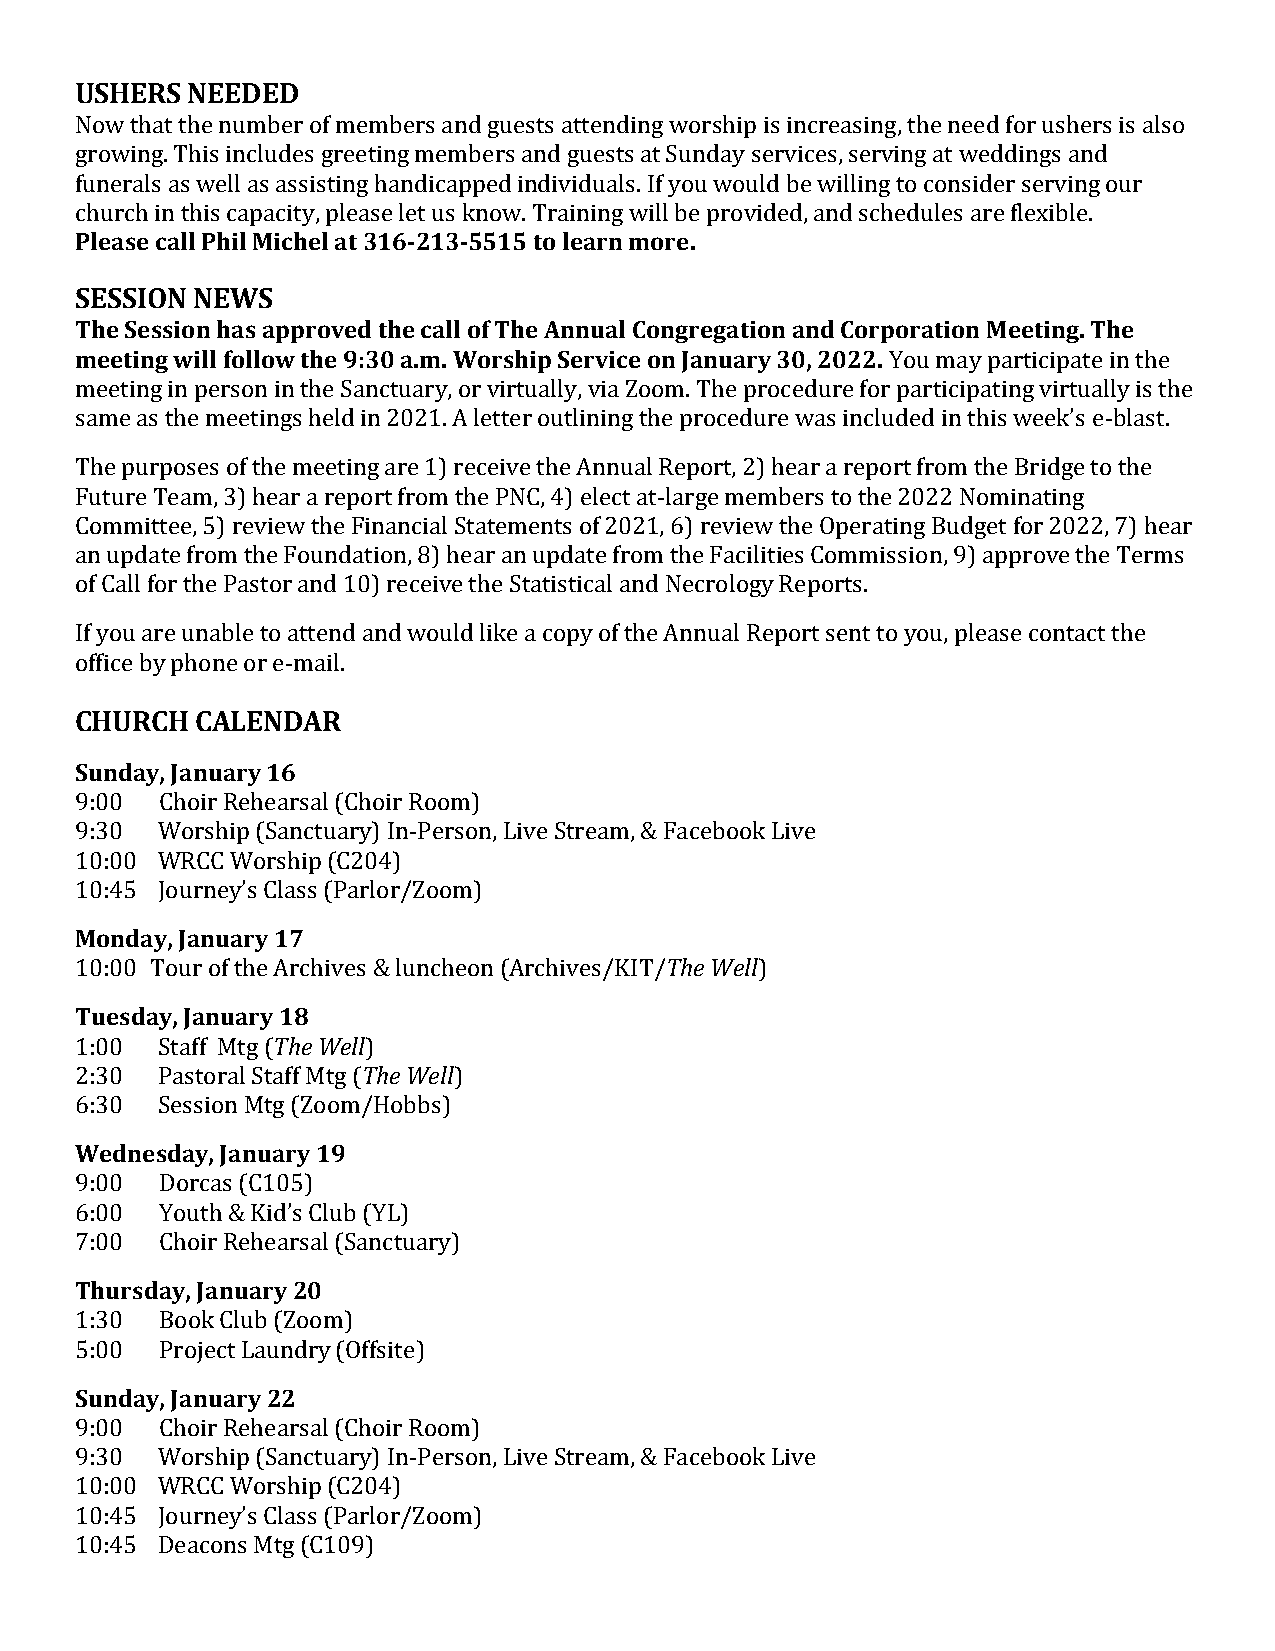
USHERS NEEDED
 Now that the number of members and guests attending worship is increasing, the need for ushers is also
 growing. This includes greeting members and guests at Sunday services, serving at weddings and
 funerals as well as assisting handicapped individuals. If you would be willing to consider serving our
 church in this capacity, please let us know. Training will be provided, and schedules are flexible.
 Please call Phil Michel at 316-213-5515 to learn more.
 SESSION NEWS
 The Session has approved the call of The Annual Congregation and Corporation Meeting. The
 meeting will follow the 9:30 a.m. Worship Service on January 30, 2022. You may participate in the
 meeting in person in the Sanctuary, or virtually, via Zoom. The procedure for participating virtually is the
 same as the meetings held in 2021. A letter outlining the procedure was included in this week’s e-blast.
 The purposes of the meeting are 1) receive the Annual Report, 2) hear a report from the Bridge to the
 Future Team, 3) hear a report from the PNC, 4) elect at-large members to the 2022 Nominating
 Committee, 5) review the Financial Statements of 2021, 6) review the Operating Budget for 2022, 7) hear
 an update from the Foundation, 8) hear an update from the Facilities Commission, 9) approve the Terms
 of Call for the Pastor and 10) receive the Statistical and Necrology Reports.
 If you are unable to attend and would like a copy of the Annual Report sent to you, please contact the
 office by phone or e-mail.
 CHURCH  CALENDAR
 Sunday, January 16
 9:00  Choir Rehearsal (Choir Room)
 9:30 Worship (Sanctuary) In-Person, Live Stream, & Facebook Live
 10:00 WRCC Worship (C204)
 10:45 Journey’s Class (Parlor/Zoom)
 Monday, January 17
 10:00 Tour of the Archives & luncheon (Archives/KIT/The Well)
 Tuesday, January 18
 1:00 Staff Mtg (The Well)
 2:30 Pastoral Staff Mtg (The Well)
 6:30 Session Mtg (Zoom/Hobbs)
 Wednesday, January 19
 9:00  Dorcas (C105)
 6:00  Youth & Kid’s Club (YL)
 7:00  Choir Rehearsal (Sanctuary)
 Thursday, January 20
 1:30  Book Club (Zoom)
 5:00  Project Laundry (Offsite)
 Sunday, January 22
 9:00  Choir Rehearsal (Choir Room)
 9:30 Worship (Sanctuary) In-Person, Live Stream, & Facebook Live
 10:00 WRCC Worship (C204)
 10:45 Journey’s Class (Parlor/Zoom)
 10:45 Deacons Mtg (C109)